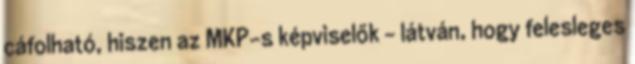
cáfolható, hiszen az MKP-s képviselők – látván, hogy felesleges